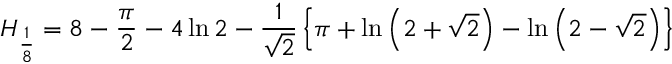
H _ { \frac { 1 } { 8 } } = 8 - { \frac { \pi } { 2 } } - 4 \ln { 2 } - { \frac { 1 } { \sqrt { 2 } } } \left\{ \pi + \ln \left( 2 + { \sqrt { 2 } } \right) - \ln \left( 2 - { \sqrt { 2 } } \right) \right\}